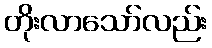
တိုးလာသော်လည်း